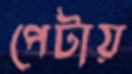
পেটায়